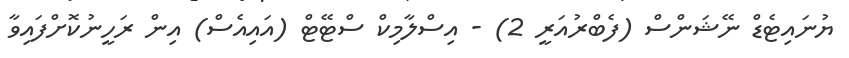
ޔުނައިޓެޑް ނޭޝަންސް (ފެބްރުއަރީ 2) - އިސްލާމިކް ސްޓޭޓް (އައިއެސް) އިން ރަހީނުކޮށްފައިވާ